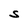
Character: S